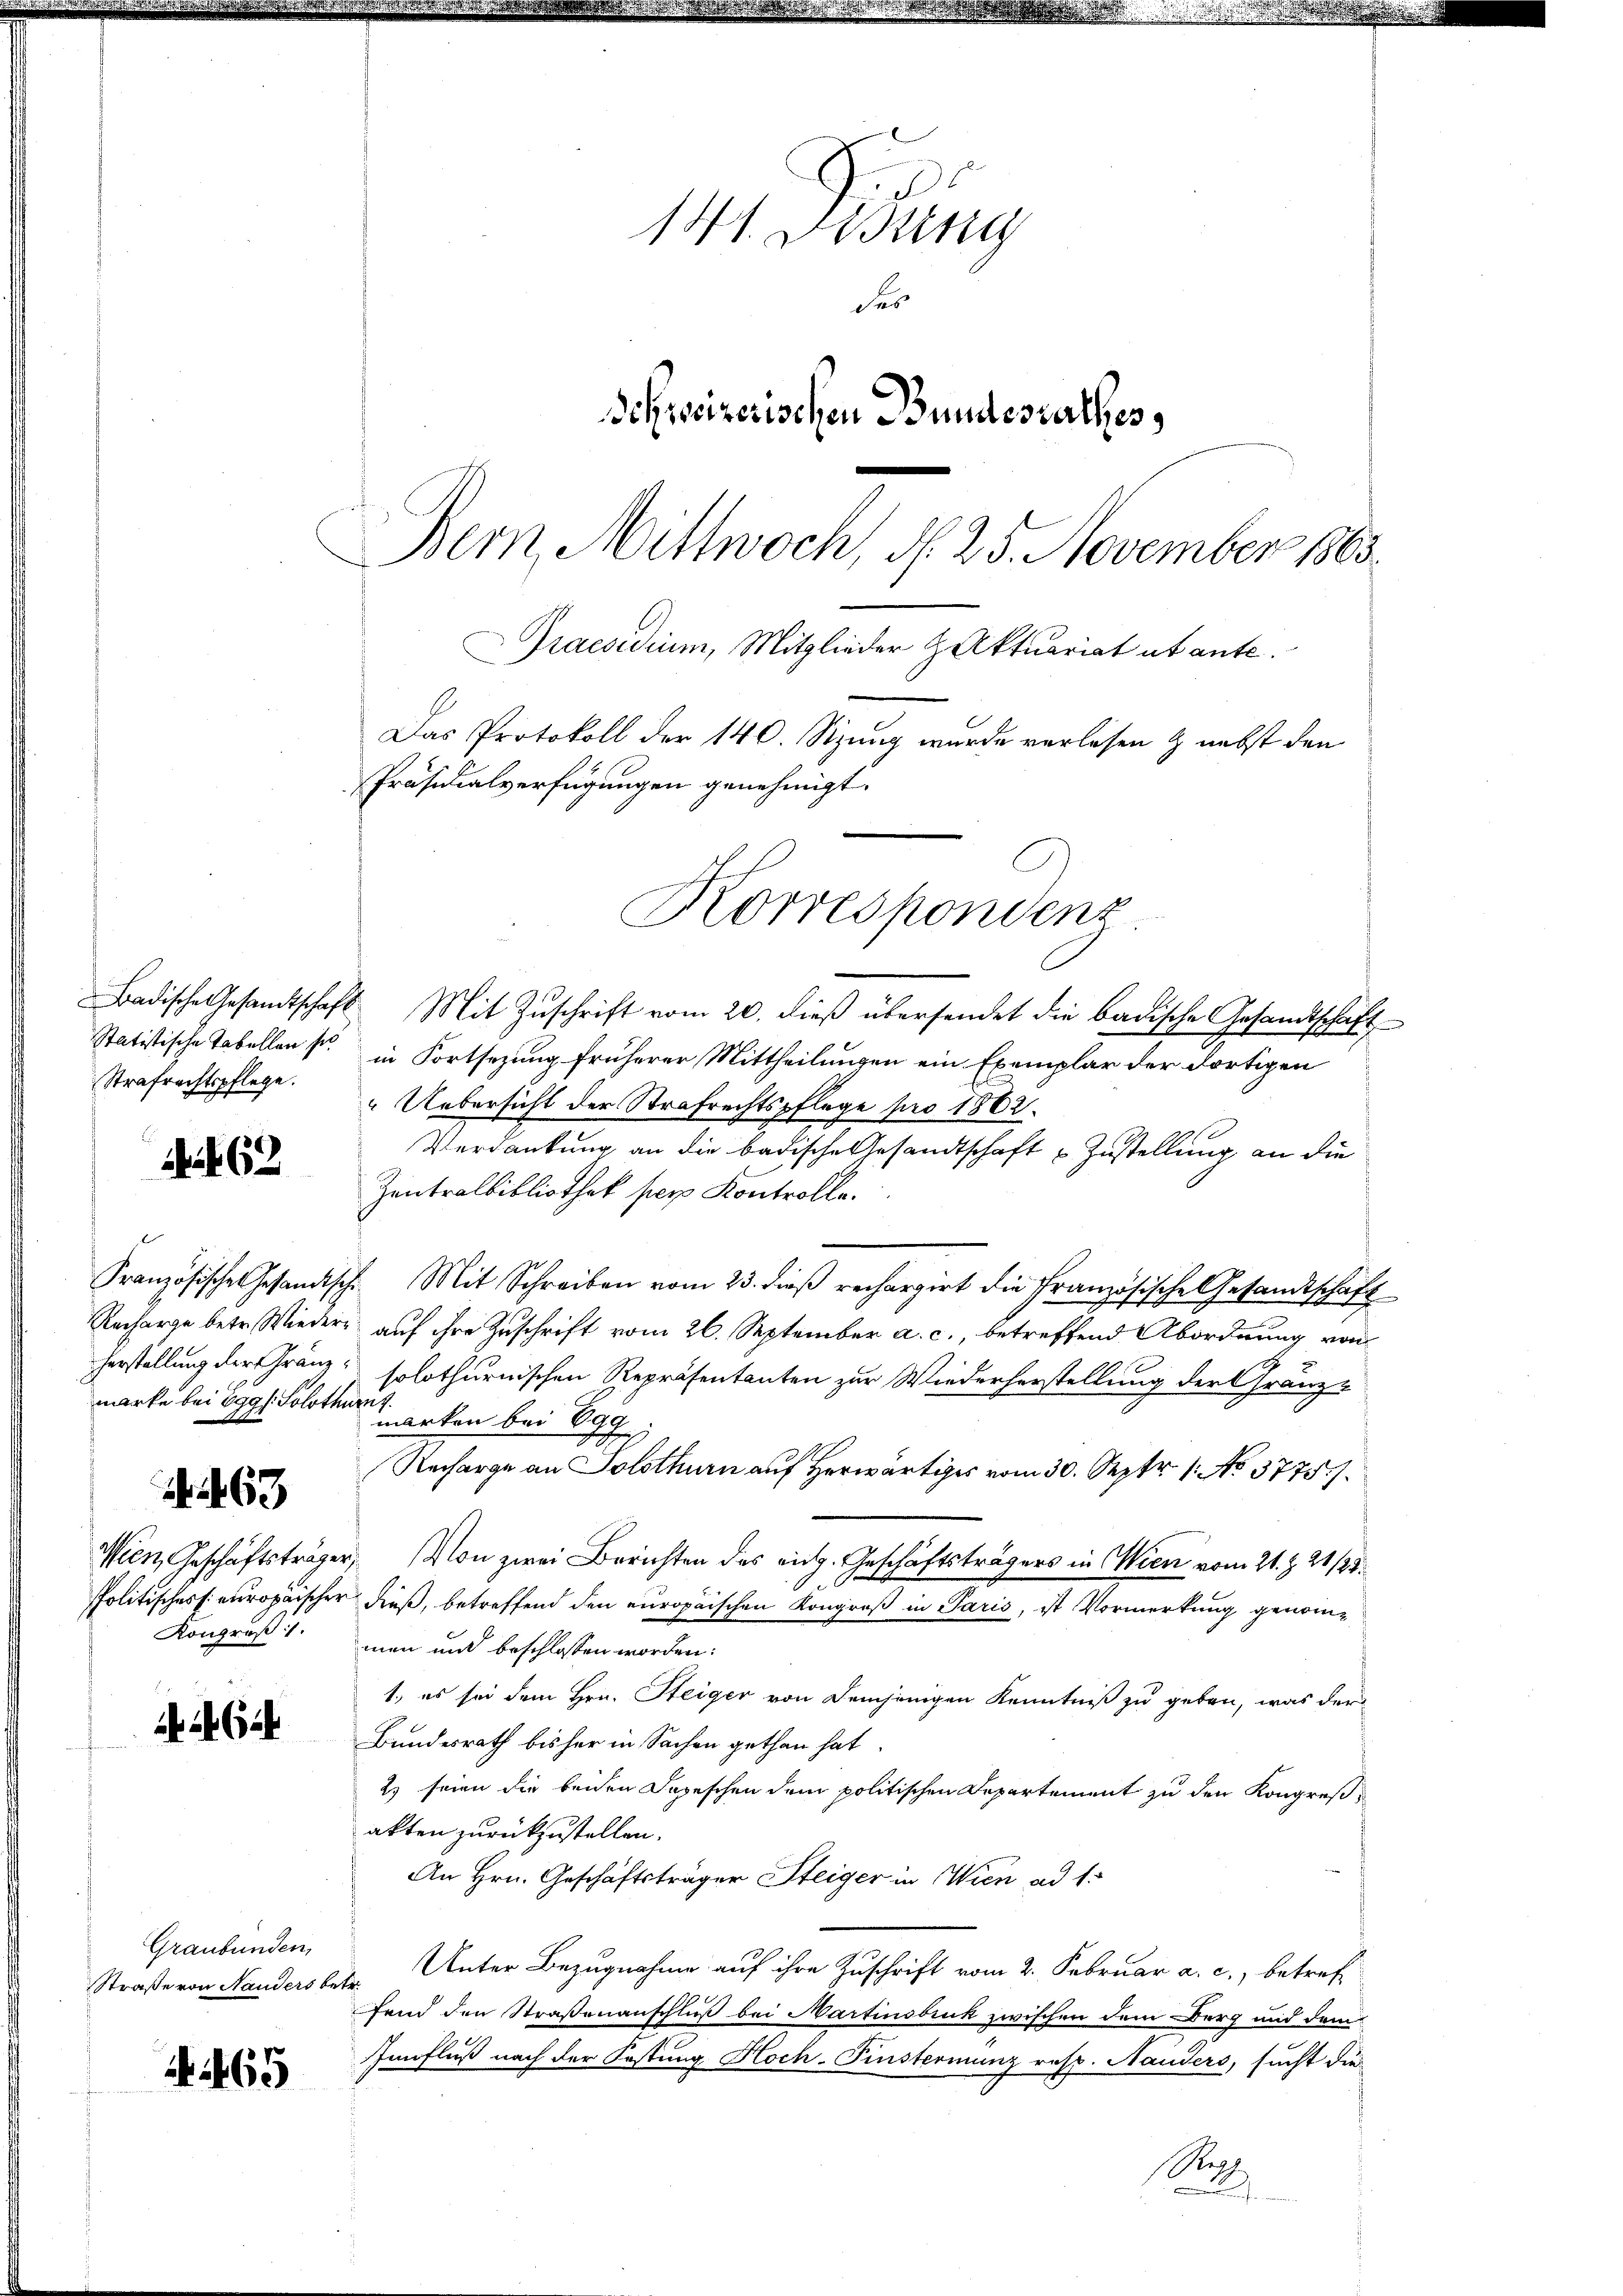
Strafrechtspflege.

Net 62

marke bei Oggl. Solothurn z

63

Wien, Geschäftsträge
spolitisches s europäische
Kongruß 1.

a Ge

Graubünden,
Straße von Handers be¬

A 465

141. Didung
des
Schyseizerischen Bundesrathes,
Bern, Mittwoch, N. 25. November 1863.
Praesidium, Mitglieder H Aktuariat abante.
Das Protokoll der 140. Sizung wurde verlesen & nebst den
Präsidialverfügungen genehmigt.

Korrespondenz

Badische Gesandtschaft Mit Zŭschrift vom 20. dieβ übersendet die badische Gesandtschaft
Statistische Tabellen s. in Fortsezung früherer Mittheilungen ein Exemplar der dortigen
Uebersicht der Strafrechtspflege pro 1862.
Verdankung an die badische Gesandtschaft Zustellung an die
Zentralbibliothek per Kontrolle.
Französische Gesandisch. Mit Schreiben vom 23. dieβ rechargirt die Französische Gesandtschaft
Recharge betr. Wieder auf ihre Zuschrift vom 26. September a. c., betreffend Abordnung von
herstellung der Franz solothurnischen Repräsentanten zur Wiederherstellung der Gränz-
marken bei Egg
E
Recharge an Solothurn auf Herwärtiges vom 30. Sept. 1. No. 3775.
er: Von zwei Berichten des eidg. Geschäftsträgers in Wien vom 21. Z. 21/25.
.
r dieß, betreffend den europaischen Kongroß in Paris, ist Vormerkung genommen und beschlossen worden:
1., es sei dem Hrn. Steiger von demjenigen Kenntniß zu geben, was der
Bundesrath bisher in Sachen gethan hat.
2) seien die beiden Depeschen dem politischen Departement zu den Kongreßakten zurückzustellen.
An Hrn. Geschäftsträger Steiger in Wien ad 1.
Unter Bezugnahme auf ihre Zuschrift vom 2. Februar a. c., betreft
fend den Straßenanschluß bei Martinsbruck zwischen dem Berg und dem
Innfluß nach der Festung Hoch-Finstermanz resp. Nauders, sucht die
Re
.